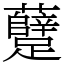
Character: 躠